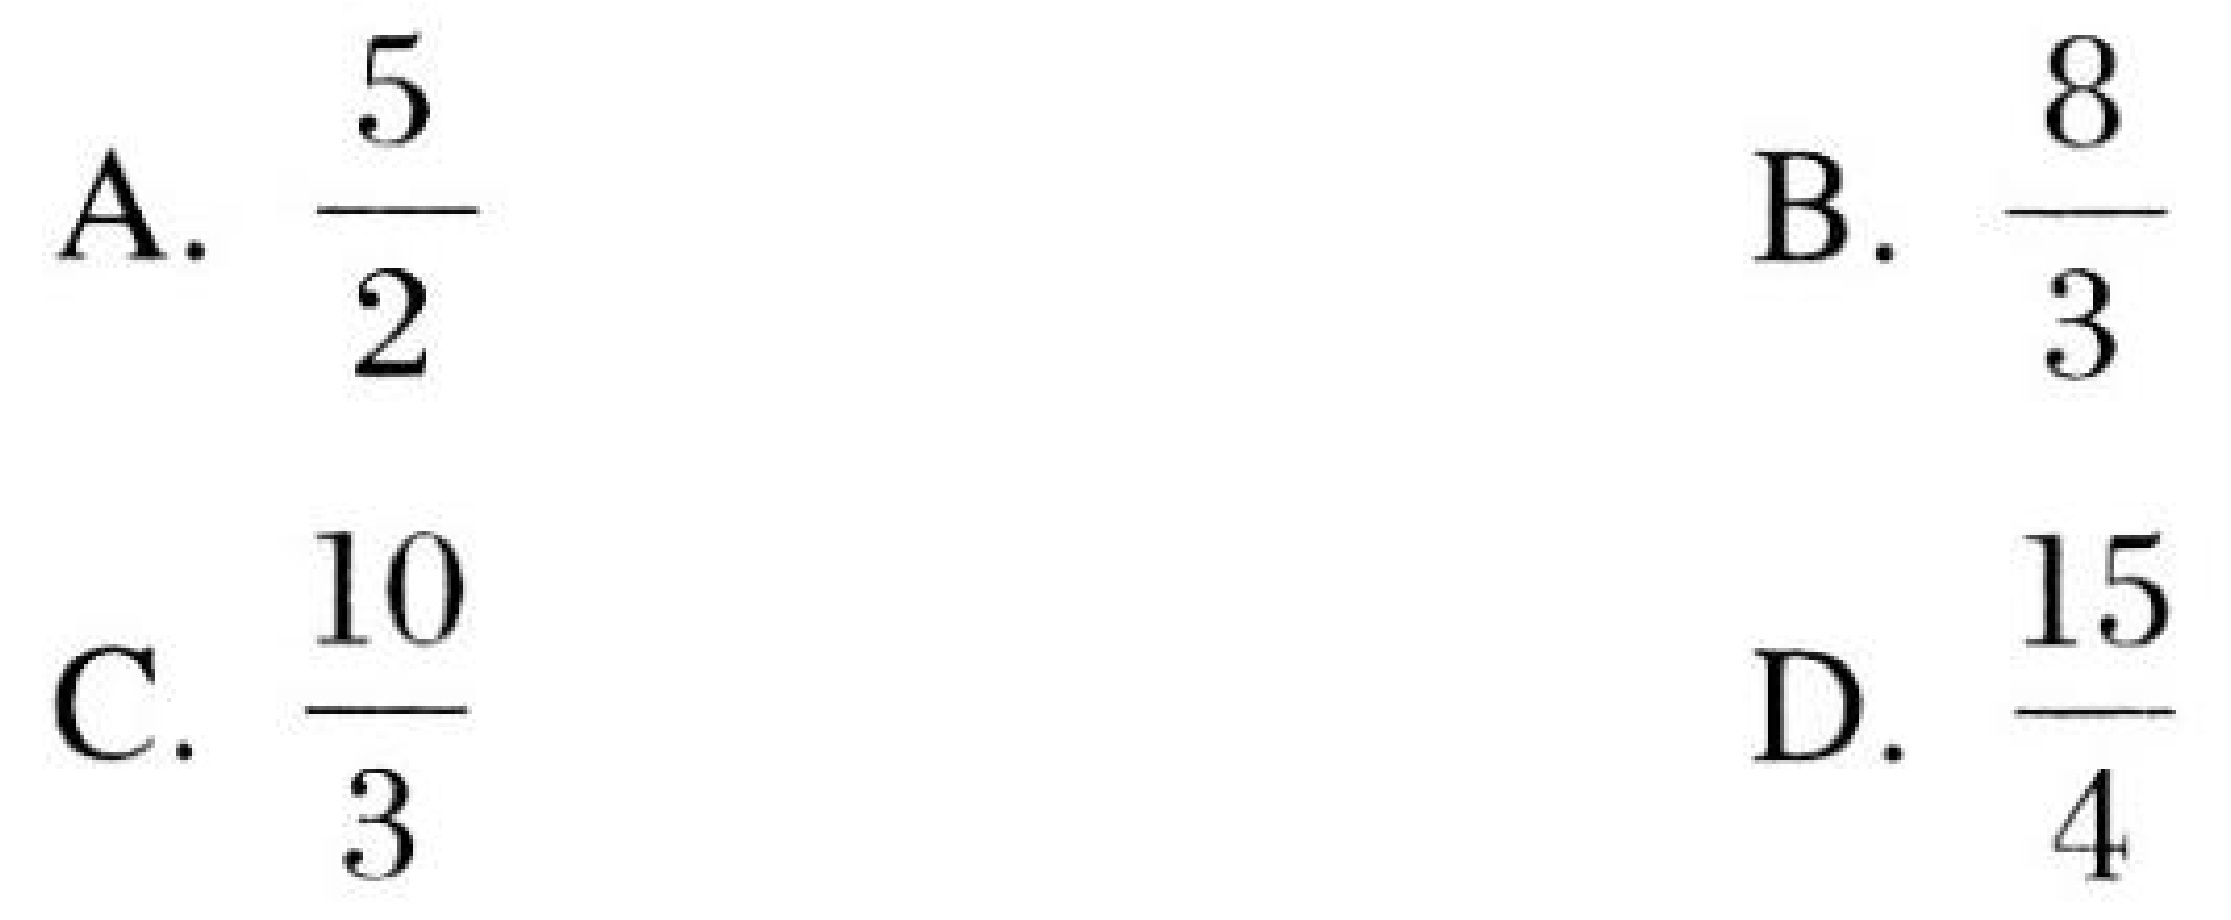
A. \(\frac{5}{2}\)
B. \(\frac{8}{3}\)
C. \(\frac{10}{3}\)
D. \(\frac{15}{4}\)